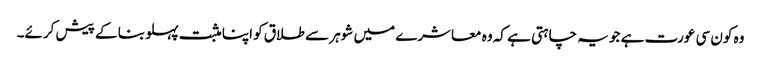
وہ کون سی عورت ہے جو یہ چاہتی ہے کہ وہ معاشرے میں شوہر سے طلاق کو اپنا مثبت پہلو بنا کے پیش کرئے۔